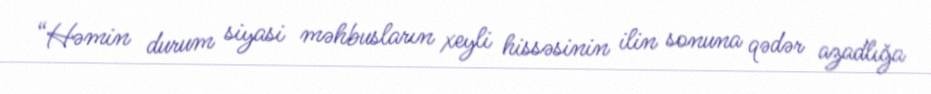
“Həmin durum siyasi məhbusların xeyli hissəsinin ilin sonuna qədər azadlığa